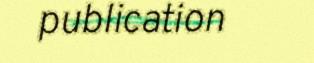
publication